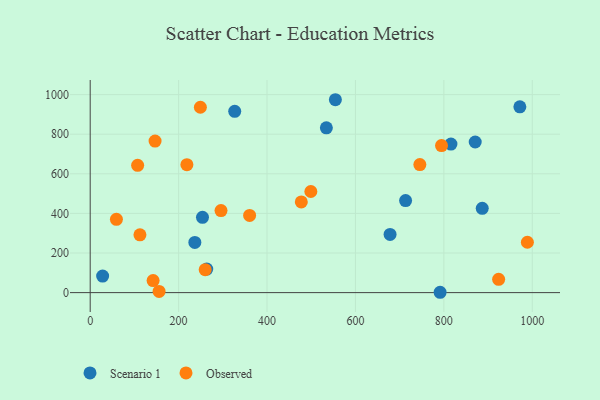
{"axis": {"x": "Distance", "y": "Yield"}, "legend": ["Observed", "Scenario 1"], "data": [{"x": "554.6", "y": 974.1, "type": "Scenario 1"}, {"x": "534.2", "y": 832.3, "type": "Scenario 1"}, {"x": "326.9", "y": 915.6, "type": "Scenario 1"}, {"x": "263.6", "y": 118.9, "type": "Scenario 1"}, {"x": "886.8", "y": 425.9, "type": "Scenario 1"}, {"x": "254.0", "y": 380.0, "type": "Scenario 1"}, {"x": "870.9", "y": 760.7, "type": "Scenario 1"}, {"x": "236.7", "y": 253.3, "type": "Scenario 1"}, {"x": "28.1", "y": 83.5, "type": "Scenario 1"}, {"x": "713.4", "y": 464.6, "type": "Scenario 1"}, {"x": "816.0", "y": 750.2, "type": "Scenario 1"}, {"x": "678.3", "y": 293.6, "type": "Scenario 1"}, {"x": "791.5", "y": 1.7, "type": "Scenario 1"}, {"x": "971.9", "y": 938.4, "type": "Scenario 1"}, {"x": "499.1", "y": 510.6, "type": "Observed"}, {"x": "146.7", "y": 765.3, "type": "Observed"}, {"x": "142.3", "y": 60.9, "type": "Observed"}, {"x": "794.7", "y": 742.5, "type": "Observed"}, {"x": "477.5", "y": 458.1, "type": "Observed"}, {"x": "295.9", "y": 414.4, "type": "Observed"}, {"x": "260.1", "y": 115.8, "type": "Observed"}, {"x": "249.2", "y": 936.2, "type": "Observed"}, {"x": "112.5", "y": 292.0, "type": "Observed"}, {"x": "745.7", "y": 646.4, "type": "Observed"}, {"x": "923.9", "y": 67.2, "type": "Observed"}, {"x": "155.8", "y": 6.1, "type": "Observed"}, {"x": "59.3", "y": 370.3, "type": "Observed"}, {"x": "107.3", "y": 642.7, "type": "Observed"}, {"x": "360.6", "y": 389.7, "type": "Observed"}, {"x": "988.9", "y": 254.4, "type": "Observed"}, {"x": "218.7", "y": 646.1, "type": "Observed"}]}